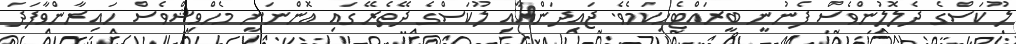
ލޫކަސްގެ ދެލޮލުންވެސް ފެނުނީ ބީރައްޓެހިކަމެވެ. ޖައިދަންއާއި ލޫކަސްގެ ދޭތެރޭގައި އޮންނަނީ މެހްވިޝްވެސް ހައިރާންވާފަދަ